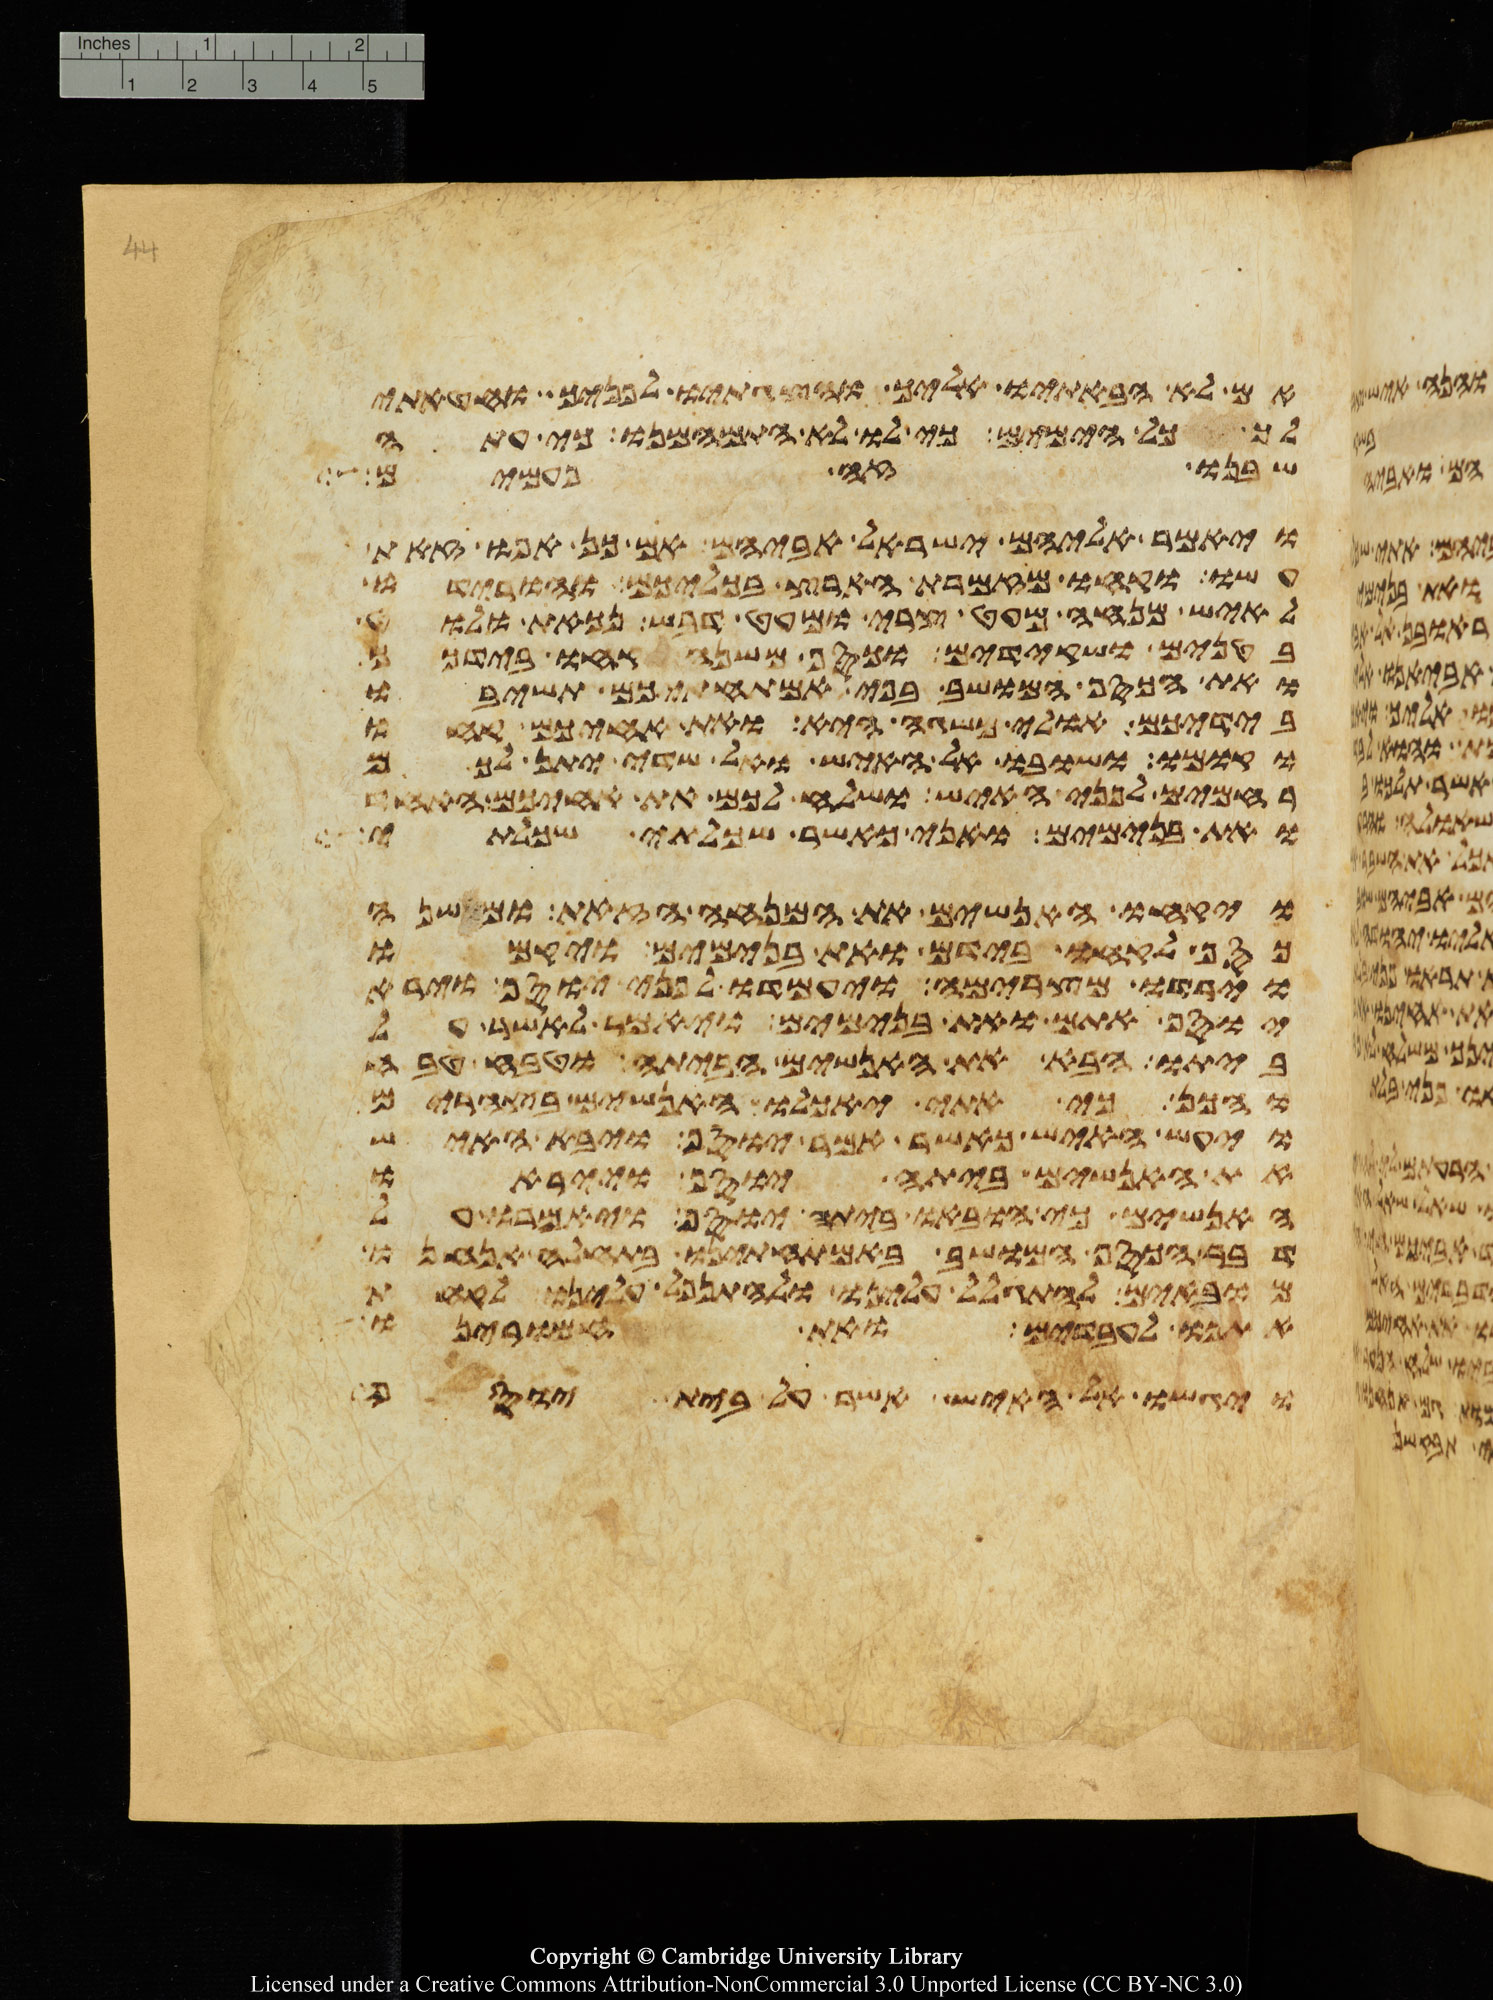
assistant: אם לא הבאתיו אליך והצגתיו לפניך וחטאתי
לך כל הימים כי לו לא התמהמנו כי עתה
שבנו זה פעמים
ויאמר אליהם ישראל אביהם אם כן אפוא זאת
עשו קחו מזמרת הארץ בכליכם והורידו
לאיש מנחה מעט צרי ומעט דבש נכאת ולוט
בטנים ושקידים וכסף משנה קחו בידכם
ואת הכסף המושב בפי אמתחתיכם תשיבו
בידיכם אולי משגה היא ואת אחיכם קחו
וקומו ושובו אל האיש ואל שדי יתן לכם
רחמים לפני האיש ושלח לכם את אחיכם האחד
ואת בנימים ואני כאשר שכלתי שכלתי
ויקחו האנשים את המנחה הזאת ומשנה
כסף לקחו בידם ואת בנימים ויקמו
וירדו מצרימה ויעמדו לפני יוסף וירא
יוסף אתם ואת בנימים ויאמר לאשר על
ביתו הבא את האנשים הביתה וטבח טבח
והכן כי אתי יאכלו האנשים בצהרים
ויעש האיש כאשר אמר יוסף ויבא האיש
את האנשים ביתה יוסף וייראו
האנשים כי הובאו ביתה יוסף ויאמרו על
דבר הכסף המושב באמתחתינו בתחלה אנחנו
מובאים להתגלל עלינו ולהתנפל עלינו לקחת
אתנו לעבדים ואת חמרינו
ויגשו אל האיש אשר על בית יוסף